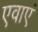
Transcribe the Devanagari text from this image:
एवाएं